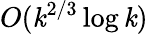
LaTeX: O(\mathit{k}^{2/3}\log\mathit{k})